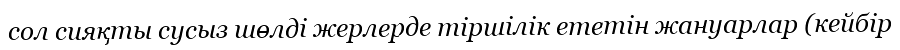
сол сияқты сусыз шөлді жерлерде тіршілік ететін жануарлар (кейбір